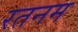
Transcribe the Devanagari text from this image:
रतनम